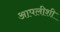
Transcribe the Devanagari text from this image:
आपलीशी